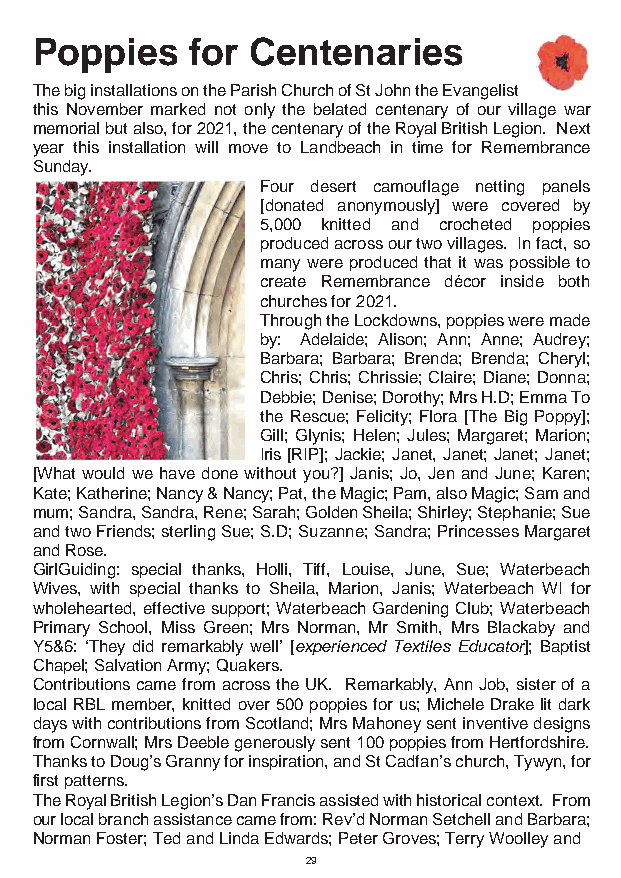
Poppies    for Centenaries
 The big installations on the Parish Church of St John the Evangelist
 this November marked not only the belated centenary of our village war
 memorial but also, for 2021, the centenary of the Royal British Legion. Next
 year this installation will move to Landbeach in time for Remembrance
 Sunday.
 Four desert camouflage netting panels
 [donated anonymously] were covered by
 5,000 knitted and crocheted poppies
 produced across our two villages. In fact, so
 many were produced that it was possible to
 create Remembrance décor inside both
 churches for 2021.
 Through the Lockdowns, poppies were made
 by: Adelaide; Alison; Ann; Anne; Audrey;
 Barbara; Barbara; Brenda; Brenda; Cheryl;
 Chris; Chris; Chrissie; Claire; Diane; Donna;
 Debbie; Denise; Dorothy; Mrs H.D; Emma To
 the Rescue; Felicity; Flora [The Big Poppy];
 Gill; Glynis; Helen; Jules; Margaret; Marion;
 Iris [RIP]; Jackie; Janet, Janet; Janet; Janet;
 [What would we have done without you?] Janis; Jo, Jen and June; Karen;
 Kate; Katherine; Nancy & Nancy; Pat, the Magic; Pam, also Magic; Sam and
 mum; Sandra, Sandra, Rene; Sarah; Golden Sheila; Shirley; Stephanie; Sue
 and two Friends; sterling Sue; S.D; Suzanne; Sandra; Princesses Margaret
 and Rose.
 GirlGuiding: special thanks, Holli, Tiff, Louise, June, Sue; Waterbeach
 Wives, with special thanks to Sheila, Marion, Janis; Waterbeach WI for
 wholehearted, effective support; Waterbeach Gardening Club; Waterbeach
 Primary School, Miss Green; Mrs Norman, Mr Smith, Mrs Blackaby and
 Y5&6: ‘They did remarkably well’ [experienced Textiles Educator]; Baptist
 Chapel; Salvation Army; Quakers.
 Contributions came from across the UK. Remarkably, Ann Job, sister of a
 local RBL member, knitted over 500 poppies for us; Michele Drake lit dark
 days with contributions from Scotland; Mrs Mahoney sent inventive designs
 from Cornwall; Mrs Deeble generously sent 100 poppies from Hertfordshire.
 Thanks to Doug’s Granny for inspiration, and St Cadfan’s church, Tywyn, for
 first patterns.
 The Royal British Legion’s Dan Francis assisted with historical context. From
 our local branch assistance came from: Rev’d Norman Setchell and Barbara;
 Norman Foster; Ted and Linda Edwards; Peter Groves; Terry Woolley and
 29